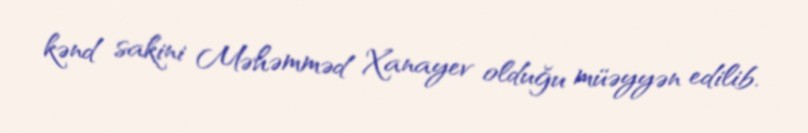
kənd sakini Məhəmməd Xanayev olduğu müəyyən edilib.